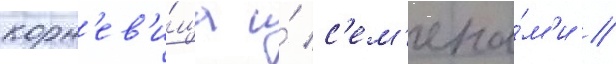
корн'ев'и́ща и́ с'ем'ена́м'и //